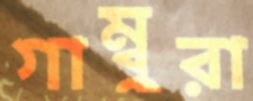
গাম্বুরা